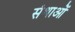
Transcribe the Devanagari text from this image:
संथाओं